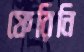
ফেরিনি